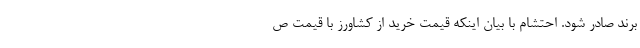
برند صادر شود. احتشام با بیان اینکه قیمت خرید از کشاورز با قیمت ص